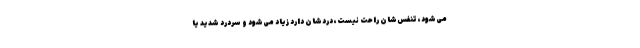
می‌شود، تنفس‌شان راحت نیست، دردشان دارد زیاد می‌شود و سردرد شدید یا